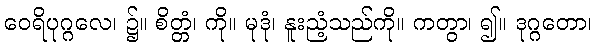
ဝေရိပုဂ္ဂလေ၊ ၌။ စိတ္တံ၊ ကို။ မုဒုံ၊ နူးညံ့သည်ကို။ ကတွာ၊ ၍။ ဒုဂ္ဂတော၊